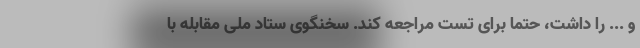
و ... را داشت، حتما برای تست مراجعه کند. سخنگوی ستاد ملی مقابله با